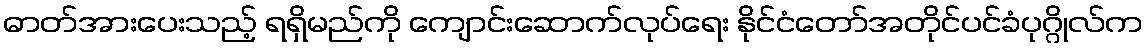
ဓာတ်အားပေးသည့် ရရှိမည်ကို ကျောင်းဆောက်လုပ်ရေး နိုင်ငံတော်အတိုင်ပင်ခံပုဂ္ဂိုလ်က